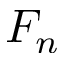
F _ { n }